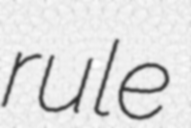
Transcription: rule